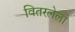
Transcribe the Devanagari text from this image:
वितरलेला